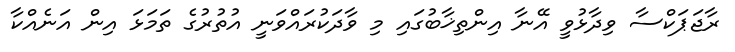
ރާޖަޕަކްސާ ވިދާޅުވީ އޭނާ އިންތިޚާބުގައި މި ވާދަކުރައްވަނީ އުތުރުގެ ތަމަޅަ އިން އަނެއްކާ